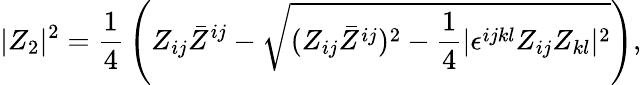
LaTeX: |Z_{2}|^{2}={\frac{1}{4}}\left(Z_{ij}\bar{Z}^{ij}-\sqrt{(Z_{ij}\bar{Z}^{ij})^{2}-{\frac{1}{4}}|\epsilon^{ijkl}Z_{ij}Z_{kl}|^{2}}\right),